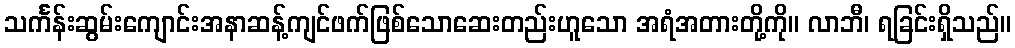
သင်္ကန်းဆွမ်းကျောင်းအနာဆန့်ကျင်ဖက်ဖြစ်သောဆေးတည်းဟူသော အရံအတားတို့ကို။ လာဘီ၊ ရခြင်းရှိသည်။